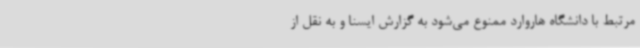
مرتبط با دانشگاه هاروارد ممنوع می‌شود به گزارش ایسنا و به نقل از